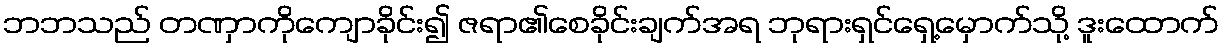
ဘဘသည် တဏှာကိုကျောခိုင်း၍ ဇရာ၏စေခိုင်းချက်အရ ဘုရားရှင်ရှေ့မှောက်သို့ ဒူးထောက်